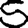
Digit: 5